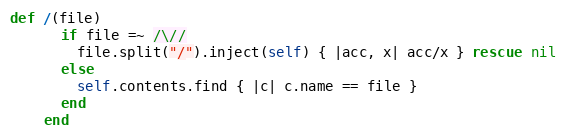
Language: Ruby
def /(file)
      if file =~ /\//
        file.split("/").inject(self) { |acc, x| acc/x } rescue nil
      else
        self.contents.find { |c| c.name == file }
      end
    end